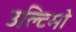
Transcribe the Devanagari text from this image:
उल्टिमो